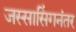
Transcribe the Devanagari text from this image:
जस्सासिंगनंतर